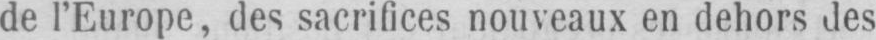
de l’Europe, des sacrifices nouveaux en dehors des